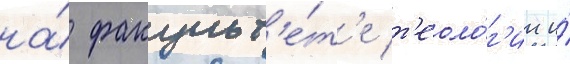
на́ факульт'е́т'е т'еоло́г'ии и́